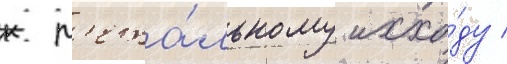
к л'ета́льному исхо́ду /